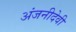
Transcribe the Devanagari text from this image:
अंजनीदेवी